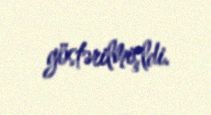
göstərilmişldi.